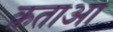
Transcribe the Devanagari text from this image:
क़ताआ